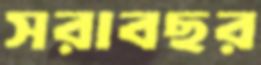
সরাবছর